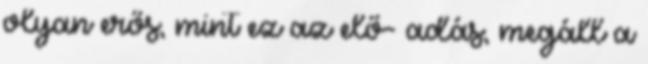
olyan erős, mint ez az elő- adás, megáll a